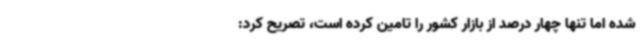
شده اما تنها چهار درصد از بازار کشور را تامین کرده است، تصریح کرد: